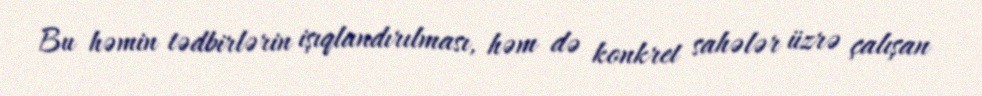
Bu həmin tədbirlərin işıqlandırılması, həm də konkret sahələr üzrə çalışan